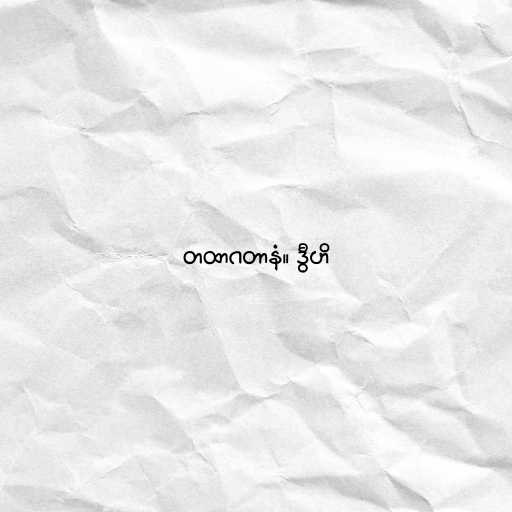
တထာဂတာနံ။ ဒွီဟိ